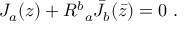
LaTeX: J _ { a } ( z ) + { R ^ { b } } _ { a } { \bar { J } } _ { b } ( \bar { z } ) = 0 ~ .